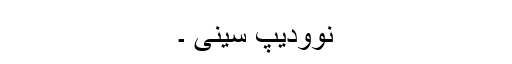
نوودیپ سینی ۔